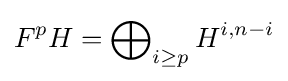
F^{p}H=\bigoplus \nolimits _{i\geq p}H^{i,n-i}